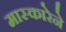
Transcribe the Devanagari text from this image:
मास्कारेने